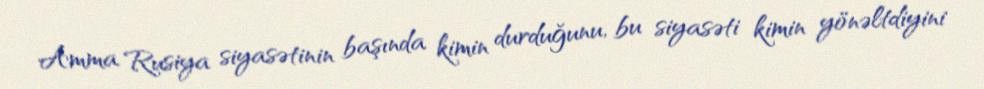
Amma Rusiya siyasətinin başında kimin durduğunu, bu siyasəti kimin yönəltdiyini